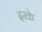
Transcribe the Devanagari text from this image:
दरके